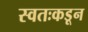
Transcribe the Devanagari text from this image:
स्वतःकडून